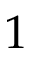
1